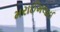
મરાઈમલાઈ